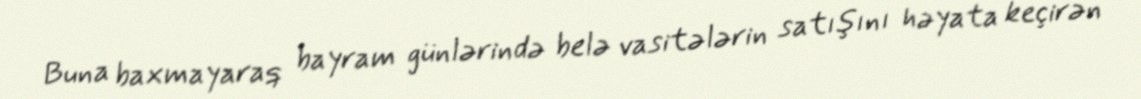
Buna baxmayaraq bayram günlərində belə vasitələrin satışını həyata keçirən